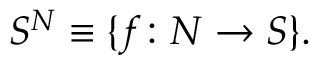
S ^ { N } \equiv \{ f \colon N \to S \} .